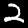
Digit: 2